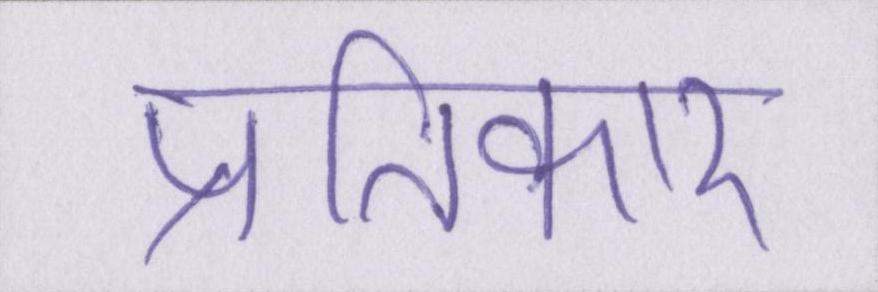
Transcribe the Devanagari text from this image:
प्रतिकार